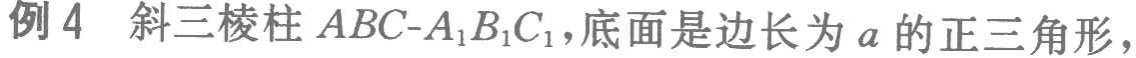
例 4 斜三棱柱 \(ABC - A_{1}B_{1}C_{1}\)，底面是边长为 \(a\) 的正三角形，